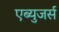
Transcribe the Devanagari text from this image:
एब्युजर्स